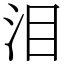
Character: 泪